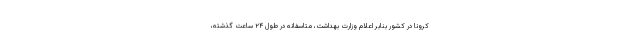
کرونا در کشور بنابر اعلام وزارت بهداشت، متاسفانه در طول ۲۴ ساعت گذشته،